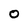
Character: 0